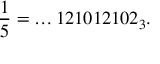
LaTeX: { \frac { 1 } { 5 } } = \dots 1 2 1 0 1 2 1 0 2 _ { 3 } .